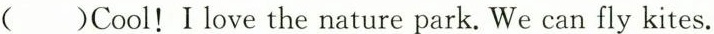
( )Cool!I love the nature park. We can fly kites.